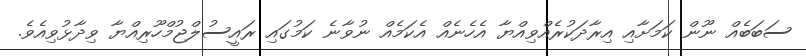
ސަބަބެއް ނޫން ކަމަށާއި އިރާދަކުރެއްވިއްޔާ އެހެނެއް އެކަމެއް ނުވާނެ ކަމުގައި ރައީސުލްޖުމްހޫރިއްޔާ ވިދާޅުވިއެވެ.